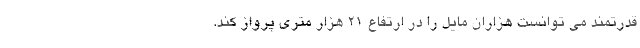
قدرتمند می توانست هزاران مایل را در ارتفاع 21 هزار متری پرواز کند.